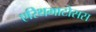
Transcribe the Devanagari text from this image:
एरिथमाटोसस